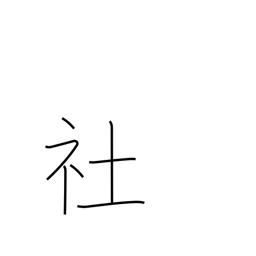
Meaning: shrine